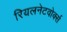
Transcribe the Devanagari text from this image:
रियलनेटवोर्क्स